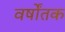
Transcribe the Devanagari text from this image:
वर्षोंतक